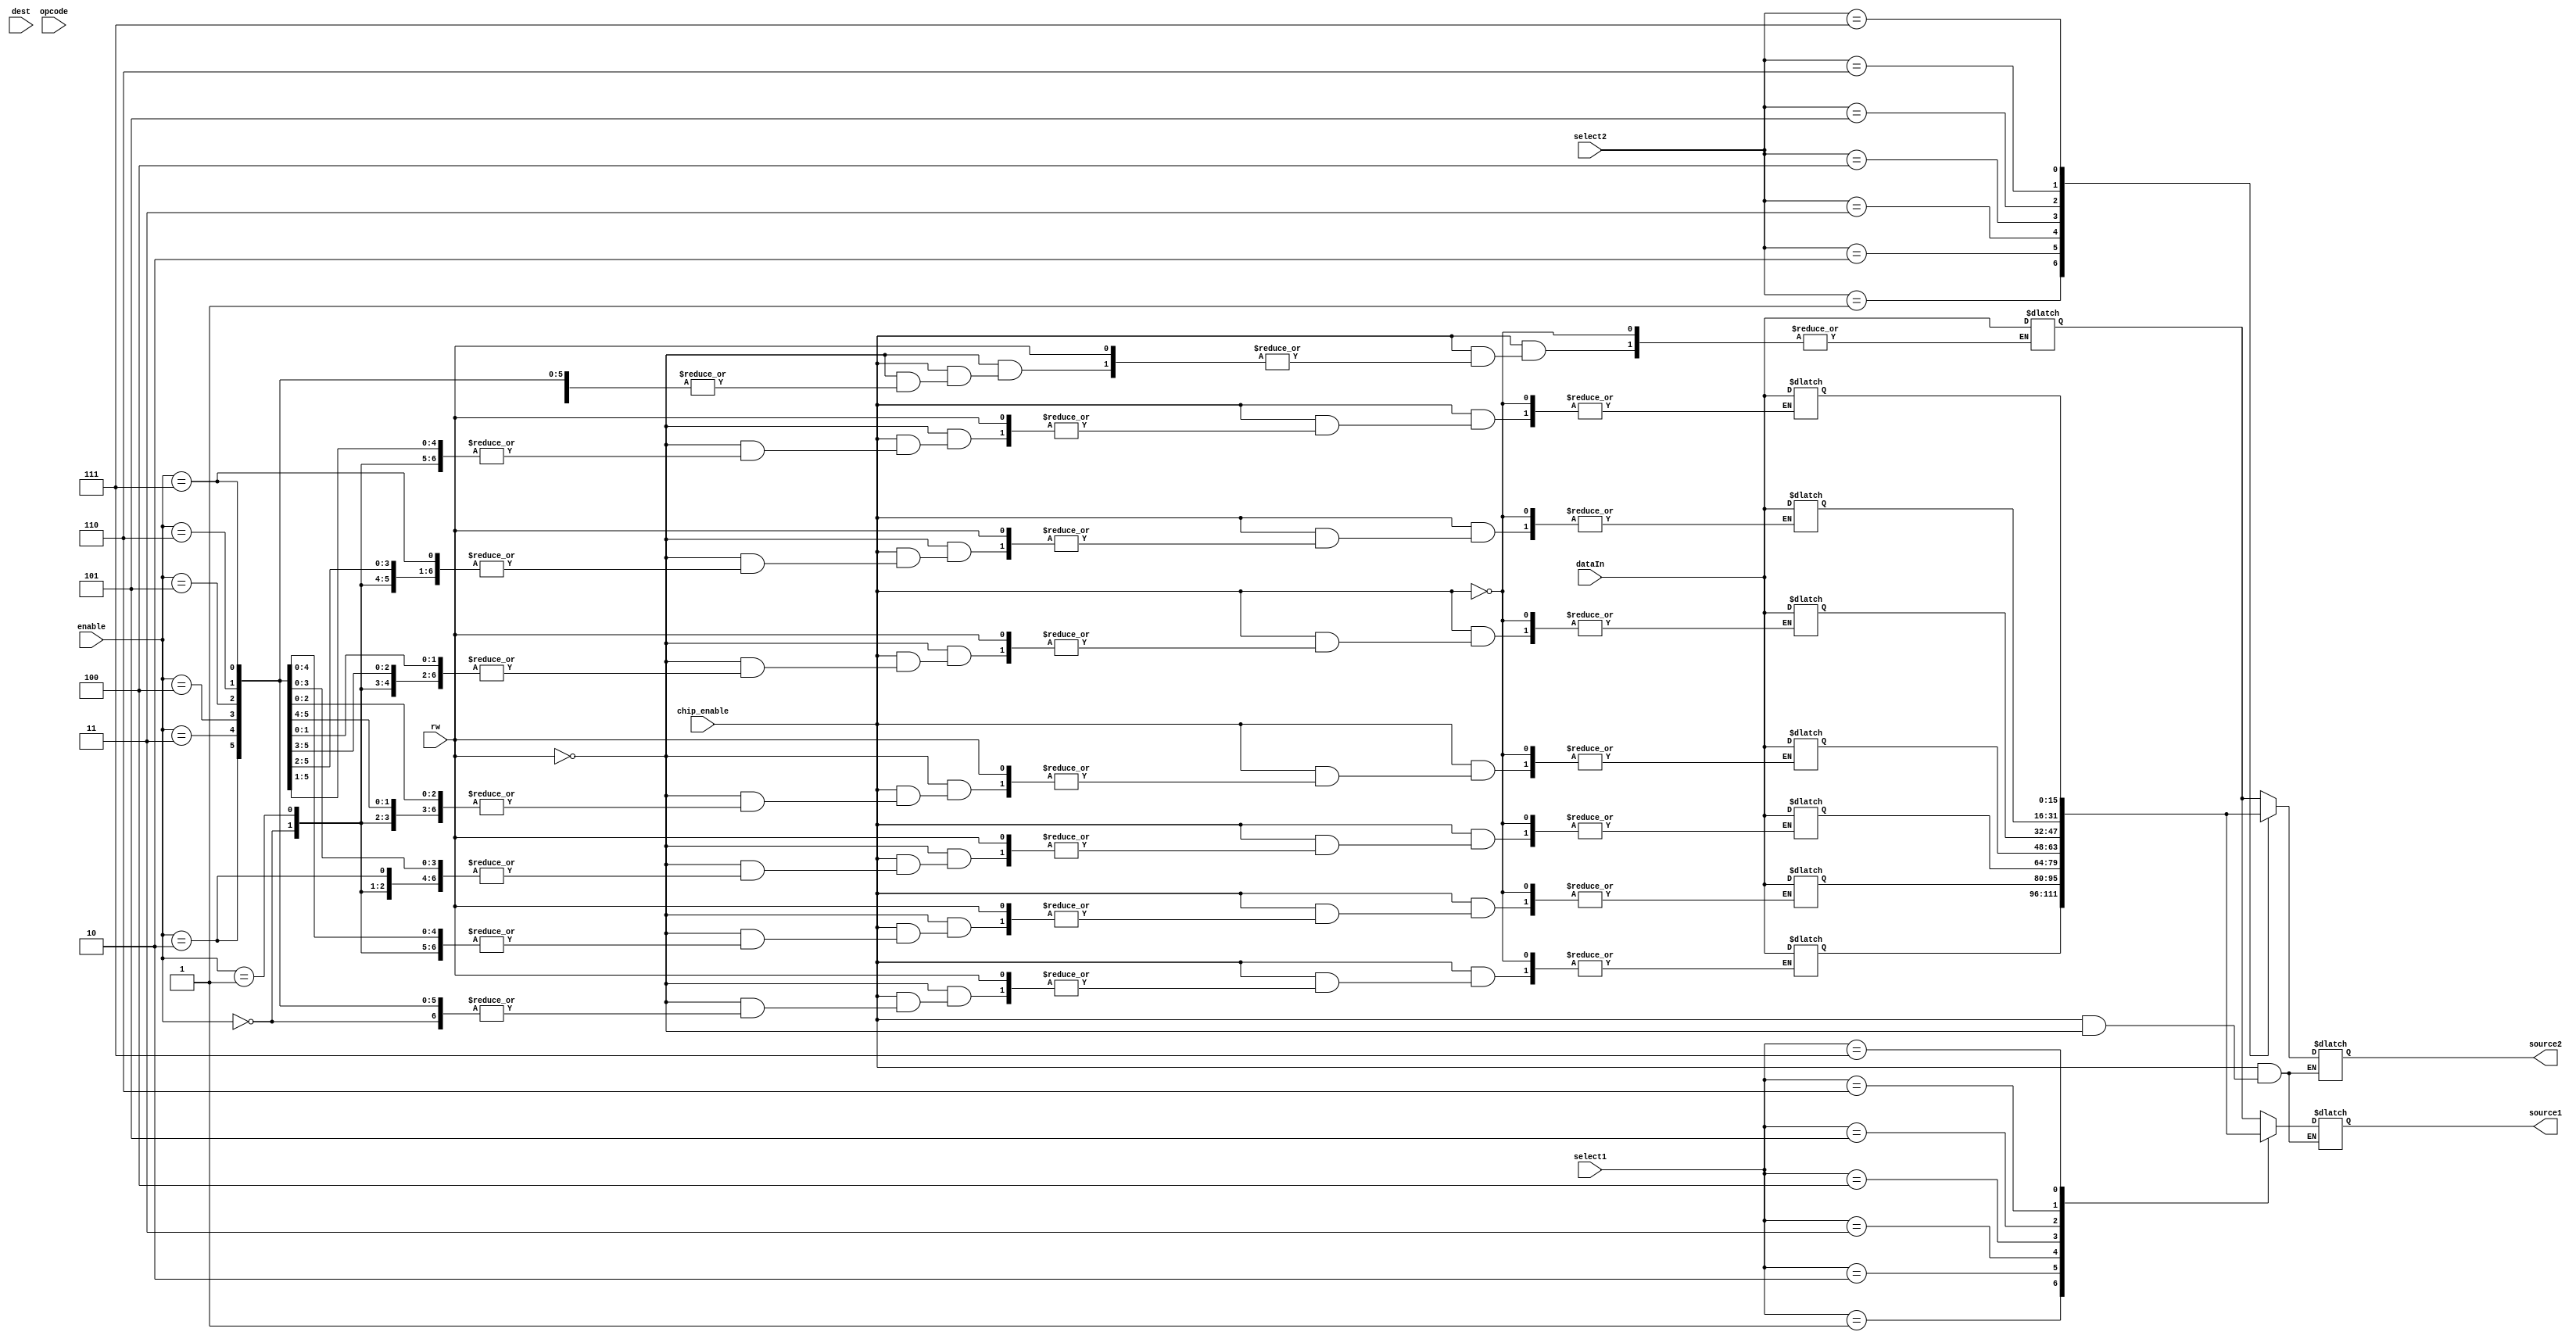
module RAM(rw, chip_enable, enable, select1, select2, dataIn, source1, source2, opcode, dest);

  input rw, chip_enable;
  input[2:0] enable, select1, select2, dest;
  input[3:0] opcode;
  input [15:0] dataIn;
  
  reg [15:0] mem[0:7]; // memory array
  output reg [15:0] source1, source2;
  
  
  always @(*)
  begin
	if (chip_enable)
		if (rw)
		begin
			source1 = mem[select1];
			source2 = mem[select2];
		end
		else
			mem[enable] = dataIn;

	else
	begin
		source1 = 16'hzzzz;
		source2 = 16'hzzzz;
	end
   end
		
endmodule